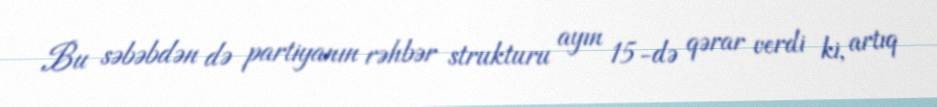
Bu səbəbdən də partiyanın rəhbər strukturu ayın 15-də qərar verdi ki, artıq